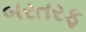
બરતરફ